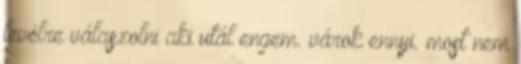
levélre válaszolni aki utál engem. várok ennyi. most nem